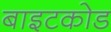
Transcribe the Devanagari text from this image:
बाइटकोड